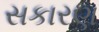
સકારણ